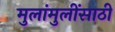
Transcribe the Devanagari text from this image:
मुलांमुलींसाठी